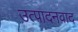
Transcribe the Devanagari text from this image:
उत्पादनवाद